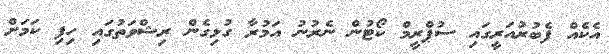
އެކެއް ފެބުރުއަރީގައި ސުޕްރީމް ކޯޓުން ނެރުނު އަމުރާ ގުޅިގެން ރިޝްވަތުގައި ހިފި ކަމަށް